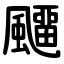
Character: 飅